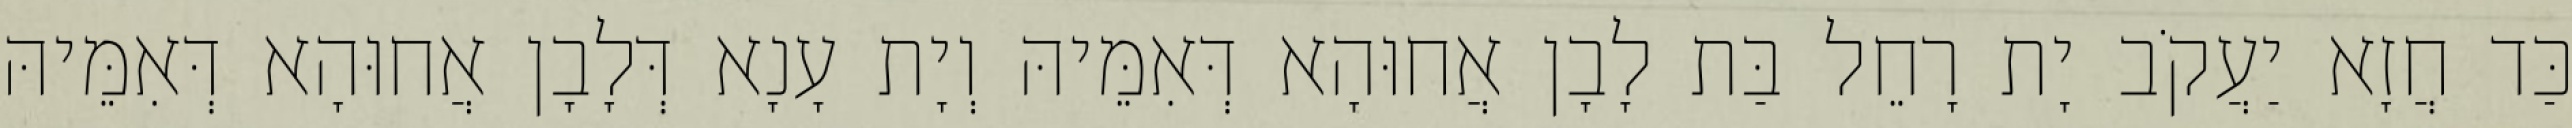
כַּד חֲזָא יַעֲקֹב יָת רָחֵל בַּת לָבָן אֲחוּהָא דְּאִמֵּיהּ וְיָת עָנָא דְּלָבָן אֲחוּהָא דְּאִמֵּיהּ